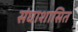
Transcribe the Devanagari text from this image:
संघाशासित